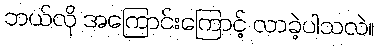
ဘယ်လို အကြောင်းကြောင့် လာခဲ့ပါသလဲ။